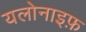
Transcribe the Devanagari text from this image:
यलोनाइफ़